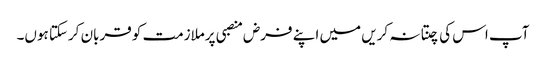
آپ اس کی چنتا نہ کریں میں اپنے فرض منصبی پرملازمت کو قربان کرسکتا ہوں۔